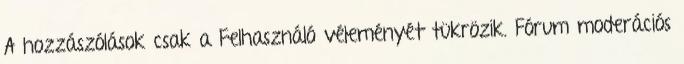
A hozzászólások csak a Felhasználó véleményét tükrözik. Fórum moderációs